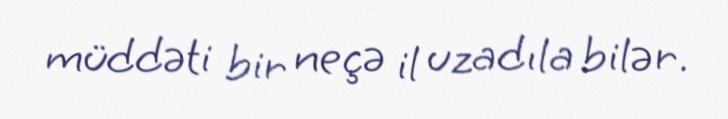
müddəti bir neçə il uzadıla bilər.